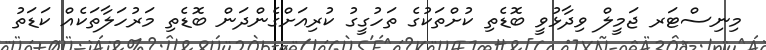
މިނިސްޓަރ ޖަމީލް ވިދާޅުވީ ބޮޑެތި ކުށްތަކުގެ ތަހުގީގު ކުރިއަށްގެންދަން ބޮޑެތި މަރުހަލާތަކެއް ކަޑަތު